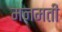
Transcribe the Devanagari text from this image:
मनमती